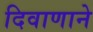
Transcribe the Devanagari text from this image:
दिवाणाने